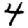
Digit: 4